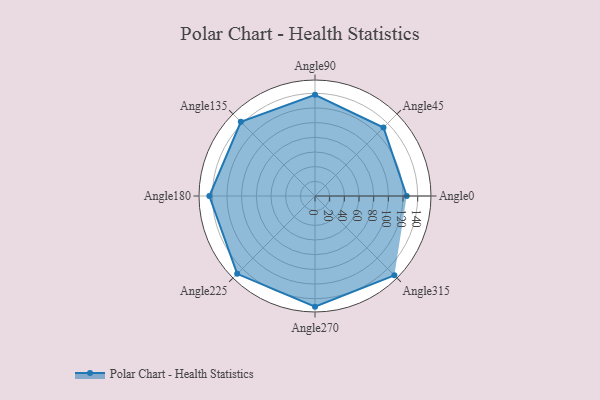
{"axis": {"x": "Angle", "y": "Radius"}, "legend": [""], "data": [{"x": "Angle0", "y": 125.0, "type": ""}, {"x": "Angle45", "y": 132.0, "type": ""}, {"x": "Angle90", "y": 138.0, "type": ""}, {"x": "Angle135", "y": 143.0, "type": ""}, {"x": "Angle180", "y": 144.0, "type": ""}, {"x": "Angle225", "y": 150.0, "type": ""}, {"x": "Angle270", "y": 151.0, "type": ""}, {"x": "Angle315", "y": 153.0, "type": ""}]}